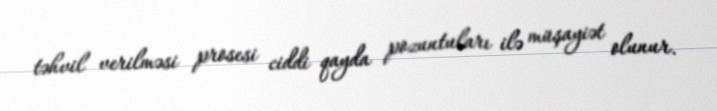
təhvil verilməsi prosesi ciddi qayda pozuntuları ilə müşayiət olunur.